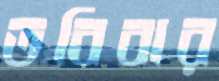
তবিবার